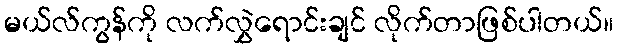
မယ်လ်ကွန်ကို လက်လွှဲရောင်းချင် လိုက်တာဖြစ်ပါတယ်။